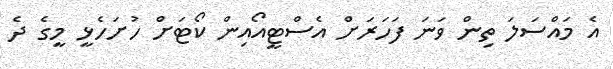
އެ މައްސަލަ ތިން ވަނަ ފަހަރަށް އެސްޓީއޯއިން ކޯޓަށް ހުށަހެޅީ މީގެ ދެ